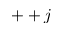
+ + j